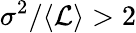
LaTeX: \sigma^{2}/\langle\mathcal{L}\rangle>2